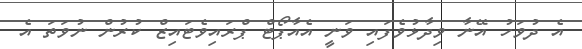
އެ ދުވަހު އޭނާ ވިދާޅުވެފައި ވަނީ އެއާޕޯޓް ޕްރައިވެޓައިޒް ކުރުން ނުވަތަ އެ